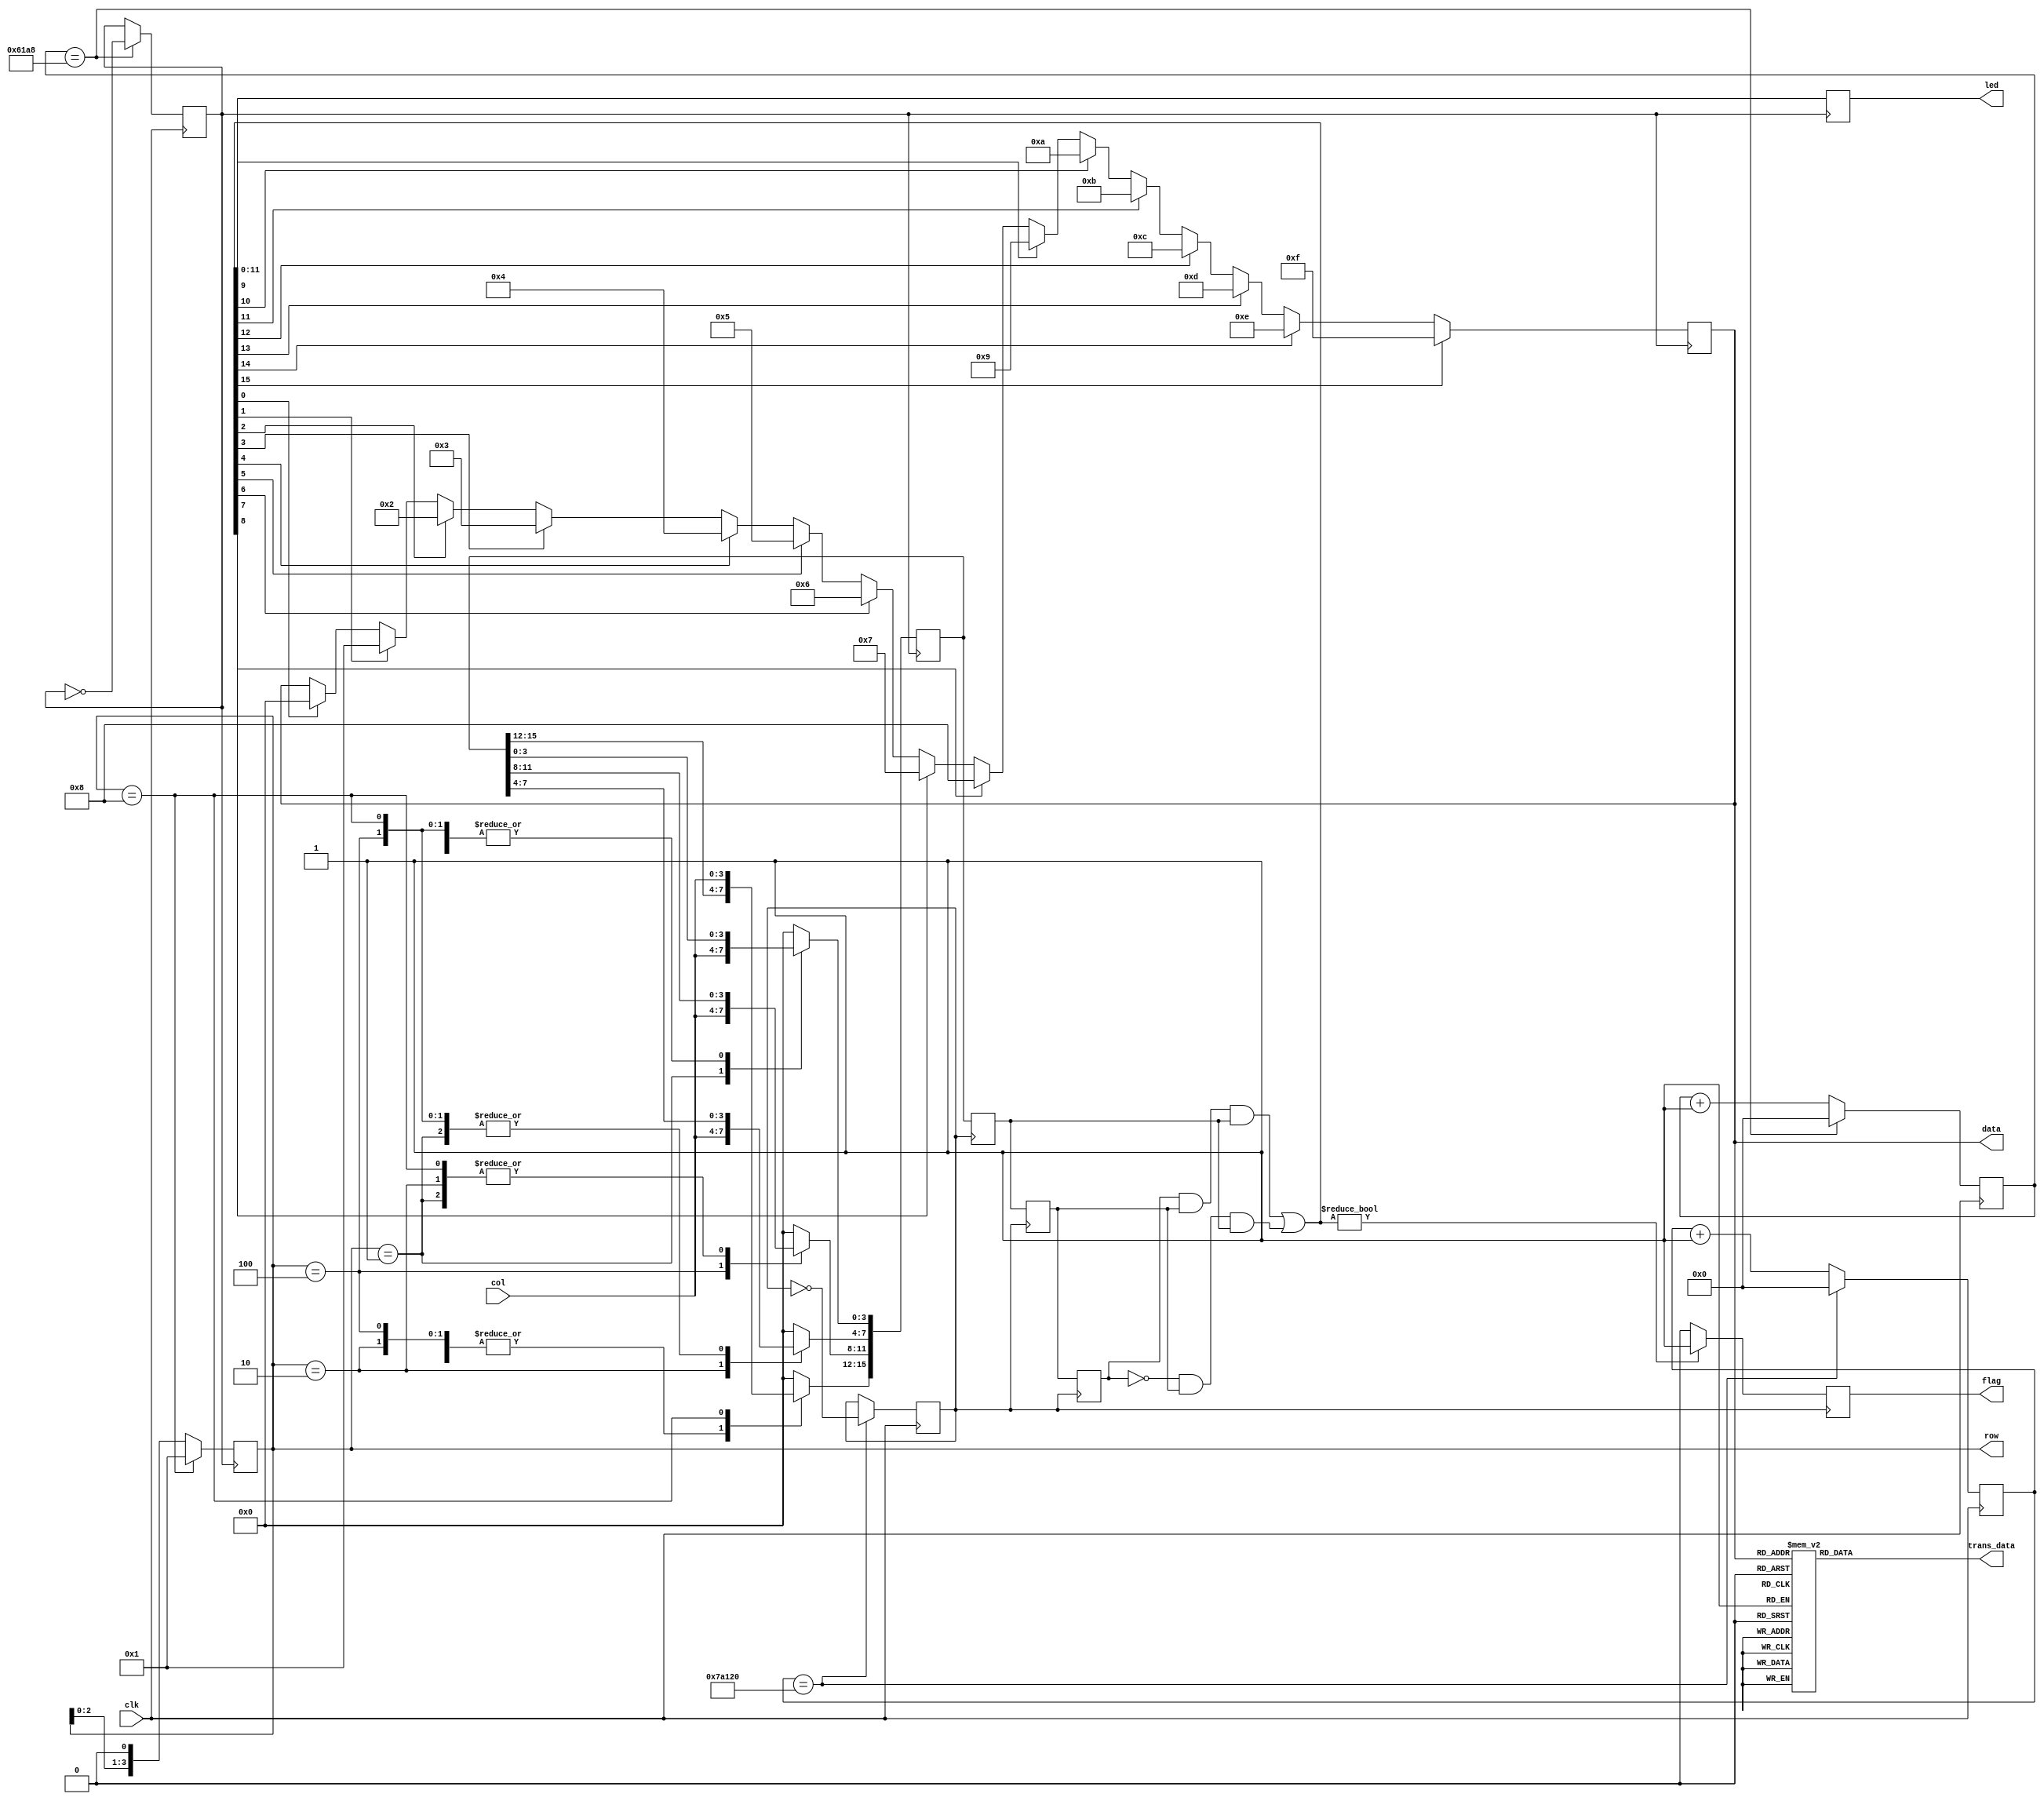
`timescale 1ns / 1ps

module v_ajxd(
    input clk,
    input [3:0] col,
    output reg [3:0] row=4'b0001,
    output reg flag = 0,
    output reg [11:0] led,
    output  reg [3:0]    data,
    output reg [7:0] trans_data = 0
    );
    reg[15:0] btn=0;    
    reg[15:0] btn0=0;
    reg[15:0] btn1=0;
    reg[15:0] btn2=0;
    wire [15:0] btn_out;
     reg[31:0] cnt = 0;             
     reg[31:0] btnclk_cnt = 0;
     reg clk_ms = 0;
     reg clk_20ms = 0;
          
     always@(posedge clk) // 50M/1000=50000 1000HZ
     begin
         if(cnt==15'd25000)
         begin
             clk_ms =~ clk_ms;
             cnt = 0;
         end
         else
         begin
              cnt = cnt + 1'b1;
         end
     end
     always@(posedge clk) //20MS 50M/50=1000000 50HZ
     begin
         if(btnclk_cnt==19'd500000)
         begin
             clk_20ms =~ clk_20ms;
             btnclk_cnt = 0;
         end
         else
              btnclk_cnt = btnclk_cnt+1'b1;
     end
    
    always @ (posedge clk_ms)
    begin
    	if (row[3:0]==4'b1000)
    	    row[3:0]=4'b0001;
    	else
    		row[3:0]=row[3:0]<<1; 
  		     
    end    

always @ (posedge clk_20ms)
begin
    if(btn_out!=0)
        flag <= 1;
    else 
        flag <= 0;
end    

reg[4:0] i=0;
always @ (posedge clk_ms)
begin
    led <= btn_out[11:0];
    for(i = 0; i <= 15; i = i + 1)
         if (btn_out[i] == 1) 
            data <= i;   
end

always @ (data)
begin
    case (data)
        4'd 0: trans_data = 47; // '/'   
        4'd 1: trans_data = 41; // ')'   
        4'd 2: trans_data = 48; // '0'   
        4'd 3: trans_data = 40; // '('   
        4'd 4: trans_data = 42; // '*'   
        4'd 5: trans_data = 51; // '3'   
        4'd 6: trans_data = 50; // '2'   
        4'd 7: trans_data = 49; // '1'   
        4'd 8: trans_data = 45; // '-'   
        4'd 9: trans_data = 54; // '6'   
        4'd10: trans_data = 53; // '5'   
        4'd11: trans_data = 52; // '4'   
        4'd12: trans_data = 43; // '+'   
        4'd13: trans_data = 57; // '9'   
        4'd14: trans_data = 56; // '8'   
        4'd15: trans_data = 55; // '7'   
        default: trans_data=0;   		    
    endcase
end

    always @ (negedge clk_ms)
    begin
        case (row[3:0])
    	4'b0001:
    	   begin
    	   		btn[3:0]<=col;
    	   end
    	4'b0010:
    	   begin
    	      	btn[7:4]<=col;
    	   end
    	4'b0100:
    	   begin
    	        btn[11:8]<=col;
    	   end
    	4'b1000:
    	   begin
    	        btn[15:12]<=col;
    	   end 
    	default:btn=0;   		   
        endcase
    end  
    assign btn_out=(btn2&btn1&btn0)|(~btn2&btn1&btn0);
       
    always@ (posedge clk_20ms)
    begin
        btn0<=btn;
        btn1<=btn0;
        btn2<=btn1;
    end
endmodule